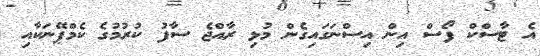
އެ ޓާސްކް ފޯސް އިން އިސްނަގައިގެން މުޅި ރާއްޖެ ސާފު ކުރުމުގެ ކެމްޕޭނަކާއި